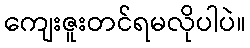
ကျေးဇူးတင်ရမလိုပါပဲ။